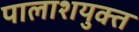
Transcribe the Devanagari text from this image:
पालाशयुक्त